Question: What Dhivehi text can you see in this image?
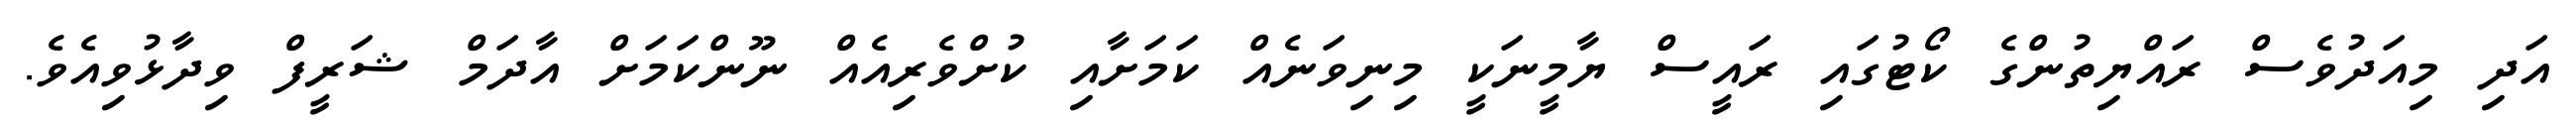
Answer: އަދި މިއަދުވެސް ރައްޔިތުންގެ ކޯޓުގައި ރައީސް ޔާމީނަކީ މިނިވަނެއް ކަމަށާއި ކުށްވެރިއެއް ނޫންކަމަށް އާދަމް ޝަރީފް ވިދާޅުވިއެވެ.